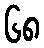
၆၈